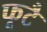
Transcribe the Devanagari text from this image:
फूटै